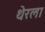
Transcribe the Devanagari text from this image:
थेरला